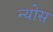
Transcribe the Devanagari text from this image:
न्योस